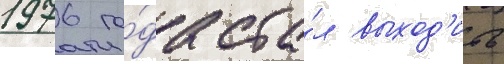
1976 го́да ста́л выход'ить